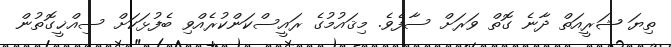
ތިޔަ ޝަރީއަތް ދާނެ ގޮތް ވަރަށް ސާފެވެ. މިޤައުމުގެ ރައީސްކަންކުރެއްވި ބެފުޅަކަށް ސިއްޚީގޮތުން